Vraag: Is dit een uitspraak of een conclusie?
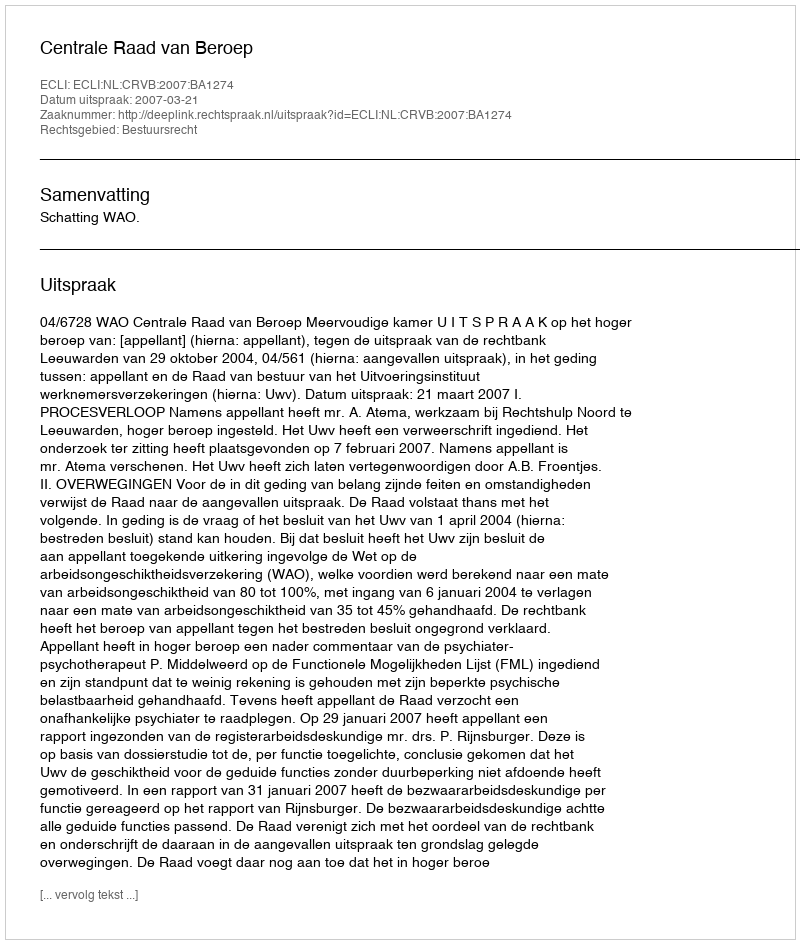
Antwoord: Uitspraak